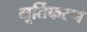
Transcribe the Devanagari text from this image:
मूर्तिकरण